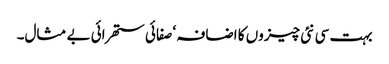
بہت سی نئی چیزوں کا اضافہ ‘ صفائی ستھرائی بے مثال۔